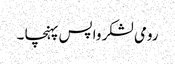
رومی لشکر واپس پہنچا ۔